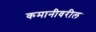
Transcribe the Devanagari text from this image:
कमानीवरील